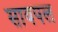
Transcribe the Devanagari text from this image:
सायपल